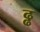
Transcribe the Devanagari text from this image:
ढ्ढ